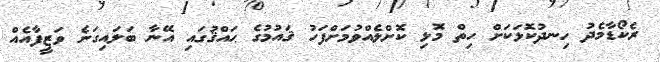
ރެކޯޑާމެދު ހިނދުކޮޅަކަށް ހިތް މޮޅި ކޮށްލެއްވުމަށްފަހު ޤައުމުގެ ޙައްޤުގައި އޭނާ ބަލައިގަނެ ވަޒީފާއެއް